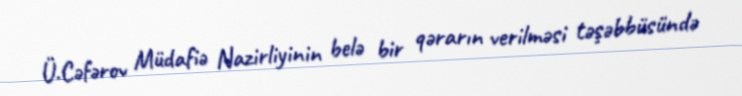
Ü.Cəfərov Müdafiə Nazirliyinin belə bir qərarın verilməsi təşəbbüsündə